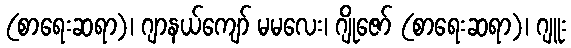
(စာရေးဆရာ)၊ ဂျာနယ်ကျော် မမလေး၊ ဂျိုဇော် (စာရေးဆရာ)၊ ဂျူး